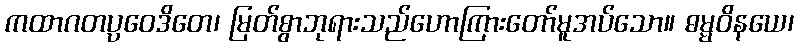
ကထာဂတပ္ပဝေဒိတေ၊ မြတ်စွာဘုရားသည်ဟောကြားတော်မူအပ်သော။ ဓမ္မဝိနယေ၊